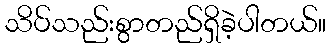
သိပ်သည်းစွာတည်ရှိခဲ့ပါတယ်။